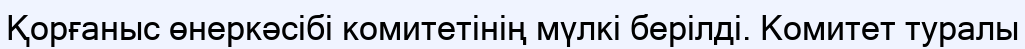
Қорғаныс өнеркәсібі комитетінің мүлкі берілді. Комитет туралы